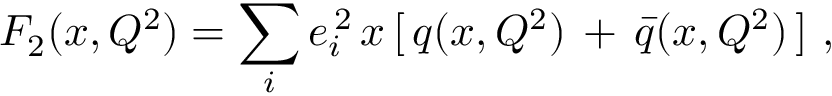
F _ { 2 } ( x , Q ^ { 2 } ) = \sum _ { i } e _ { i } ^ { \, 2 } \, x \, [ \, q ( x , Q ^ { 2 } ) \, + \, \bar { q } ( x , Q ^ { 2 } ) \, ] \ ,